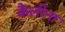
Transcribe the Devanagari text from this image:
कैलीना